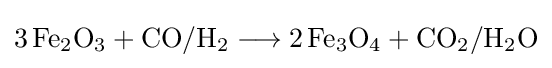
{3\,\mathrm {Fe} {\vphantom {A}}_{\smash[{t}]{2}}\mathrm {O} {\vphantom {A}}_{\smash[{t}]{3}}{}+{}\mathrm {CO} /\mathrm {H} {\vphantom {A}}_{\smash[{t}]{2}}{}\mathrel {\longrightarrow } {}2\,\mathrm {Fe} {\vphantom {A}}_{\smash[{t}]{3}}\mathrm {O} {\vphantom {A}}_{\smash[{t}]{4}}{}+{}\mathrm {CO} {\vphantom {A}}_{\smash[{t}]{2}}/\mathrm {H} {\vphantom {A}}_{\smash[{t}]{2}}\mathrm {O} }